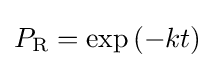
P_{\mathrm {R} }=\exp \left(-kt\right)